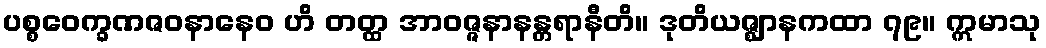
ပစ္စဝေက္ခဏဇဝနာနေဝ ဟိ တတ္ထ အာဝဇ္ဇနာနန္တရာနီတိ။ ဒုတိယဇ္ဈာနကထာ ၇၉။ ဣမာသု